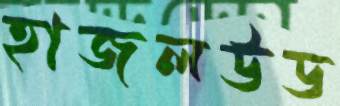
হাজলউড